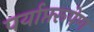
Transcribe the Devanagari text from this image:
पर्याप्तरूपेण